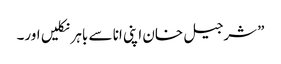
”شرجیل خان اپنی انا سے باہر نکلیں اور۔